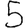
Digit: 5